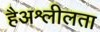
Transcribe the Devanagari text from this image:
हैअश्लीलता